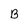
Character: B